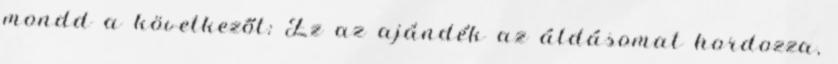
mondd a következőt: Ez az ajándék az áldásomat hordozza,